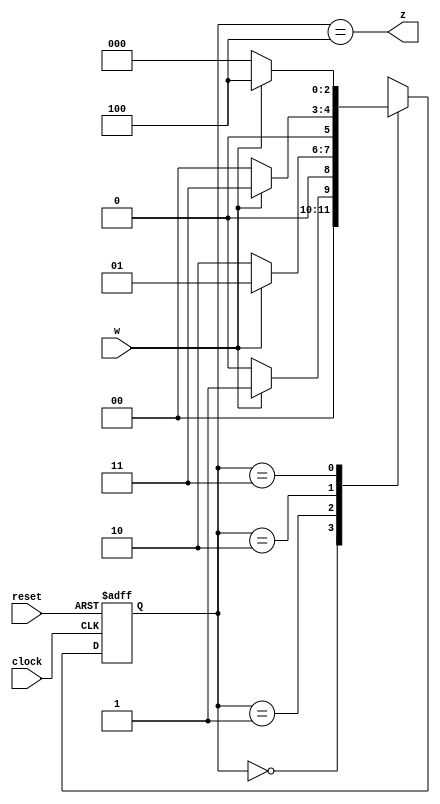
module assignment2A(clock, reset, w, z);
input clock, reset, w;
output z;
reg[3:1] o,O;
parameter [3:1] A=3'b000, B = 3'b001, C= 3'b010, D=3'b011, E=3'b100;
always@(w,o)
	case(o) 
		A: if (w) O = B;
				else O = A;
		B: if(w)O = B;
				else O = C;
		C: if(w) O = D;
				else O = A;
		D: if(w) O = E;
				else O = A;
		default: O = 3'bxxx;
	endcase
always @ (negedge reset, posedge clock)
		if (reset == 0) o <= A;
		else o <= O;
assign z = (o  == E);
endmodule